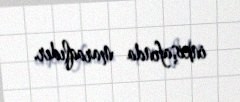
inkişafında maraqlıdır.